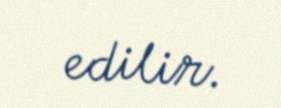
edilir.